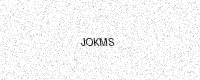
Text: JOKMS